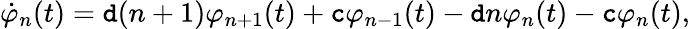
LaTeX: \begin{array}{r}{\dot{\varphi}_{n}(t)=\mathtt{d}(n+1)\varphi_{n+1}(t)+\mathtt{c}\varphi_{n-1}(t)-\mathtt{d}n\varphi_{n}(t)-\mathtt{c}\varphi_{n}(t),}\end{array}